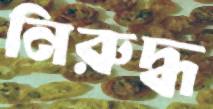
নিরুদ্ধ